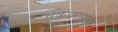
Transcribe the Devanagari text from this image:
चक्रधरांसोबत